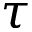
\tau